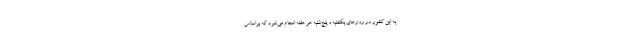
به این کشور در روزهای یکشنبه و پنج‌شنبه هر هفته انجام می‌شود که براساس